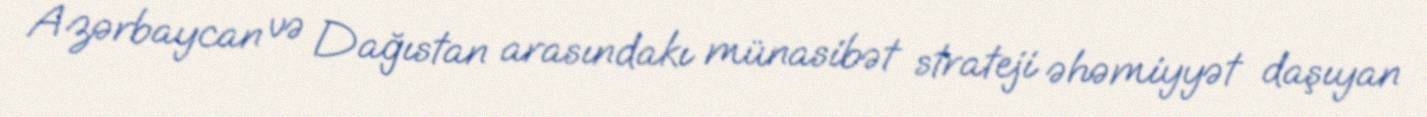
Azərbaycan və Dağıstan arasındakı münasibət strateji əhəmiyyət daşıyan